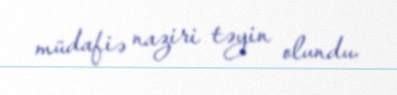
müdafiə naziri təyin olundu.